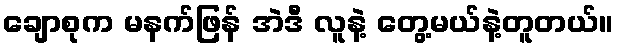
ချောစုက မနက်ဖြန် အဲဒီ လူနဲ့ တွေ့မယ်နဲ့တူတယ်။